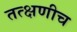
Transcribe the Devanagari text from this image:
तत्क्षणीच